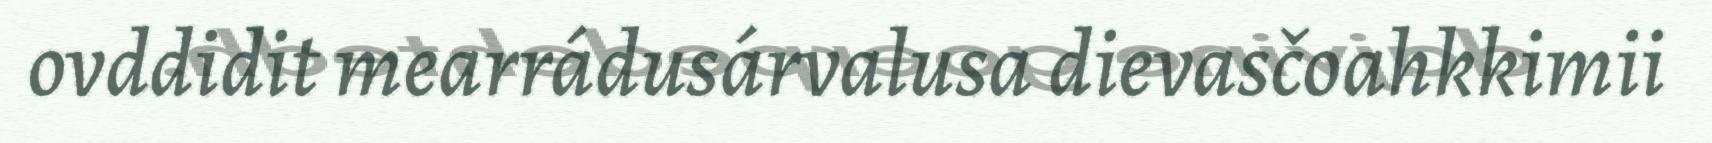
ovddidit mearrádusárvalusa dievasčoahkkimii